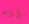
لأوانه